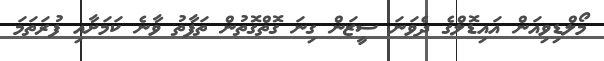
މޯލްޑިވިއަން އައިޑޮލްގެ ދެވަނަ ސީޒަން ގިނަ ގޮތްގޮތުން ތަފާތު ވާނެ ކަމަށާއި ފުރަތަމަ